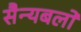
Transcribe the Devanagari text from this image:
सैन्यबलों